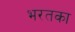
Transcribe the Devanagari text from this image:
भरतका